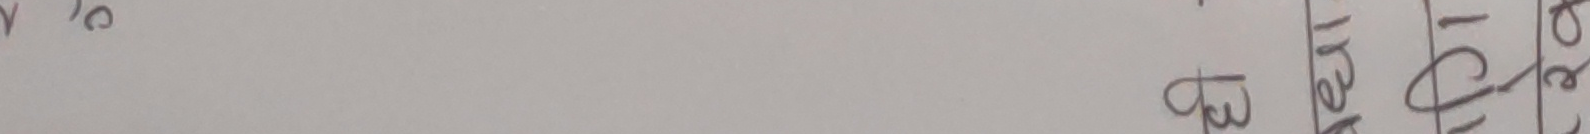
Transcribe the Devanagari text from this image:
बेउ